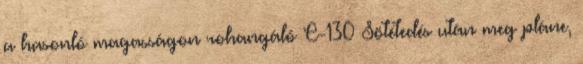
a hasonló magasságon rohangáló C-130 Sötétedés után meg pláne,